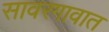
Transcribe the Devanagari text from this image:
सावरगावात